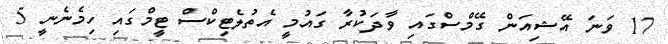
17 ވަނަ އޭޝިއަން ގޭމްސްގައި ވާދަކުރާ ގައުމީ އެތުލެޓިކްސް ޓީމްގައި ހިމެނެނީ 5